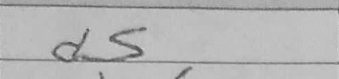
Transcription: d5